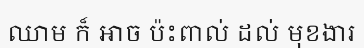
ឈាម ក៏ អាច ប៉ះពាល់ ដល់ មុខងារ